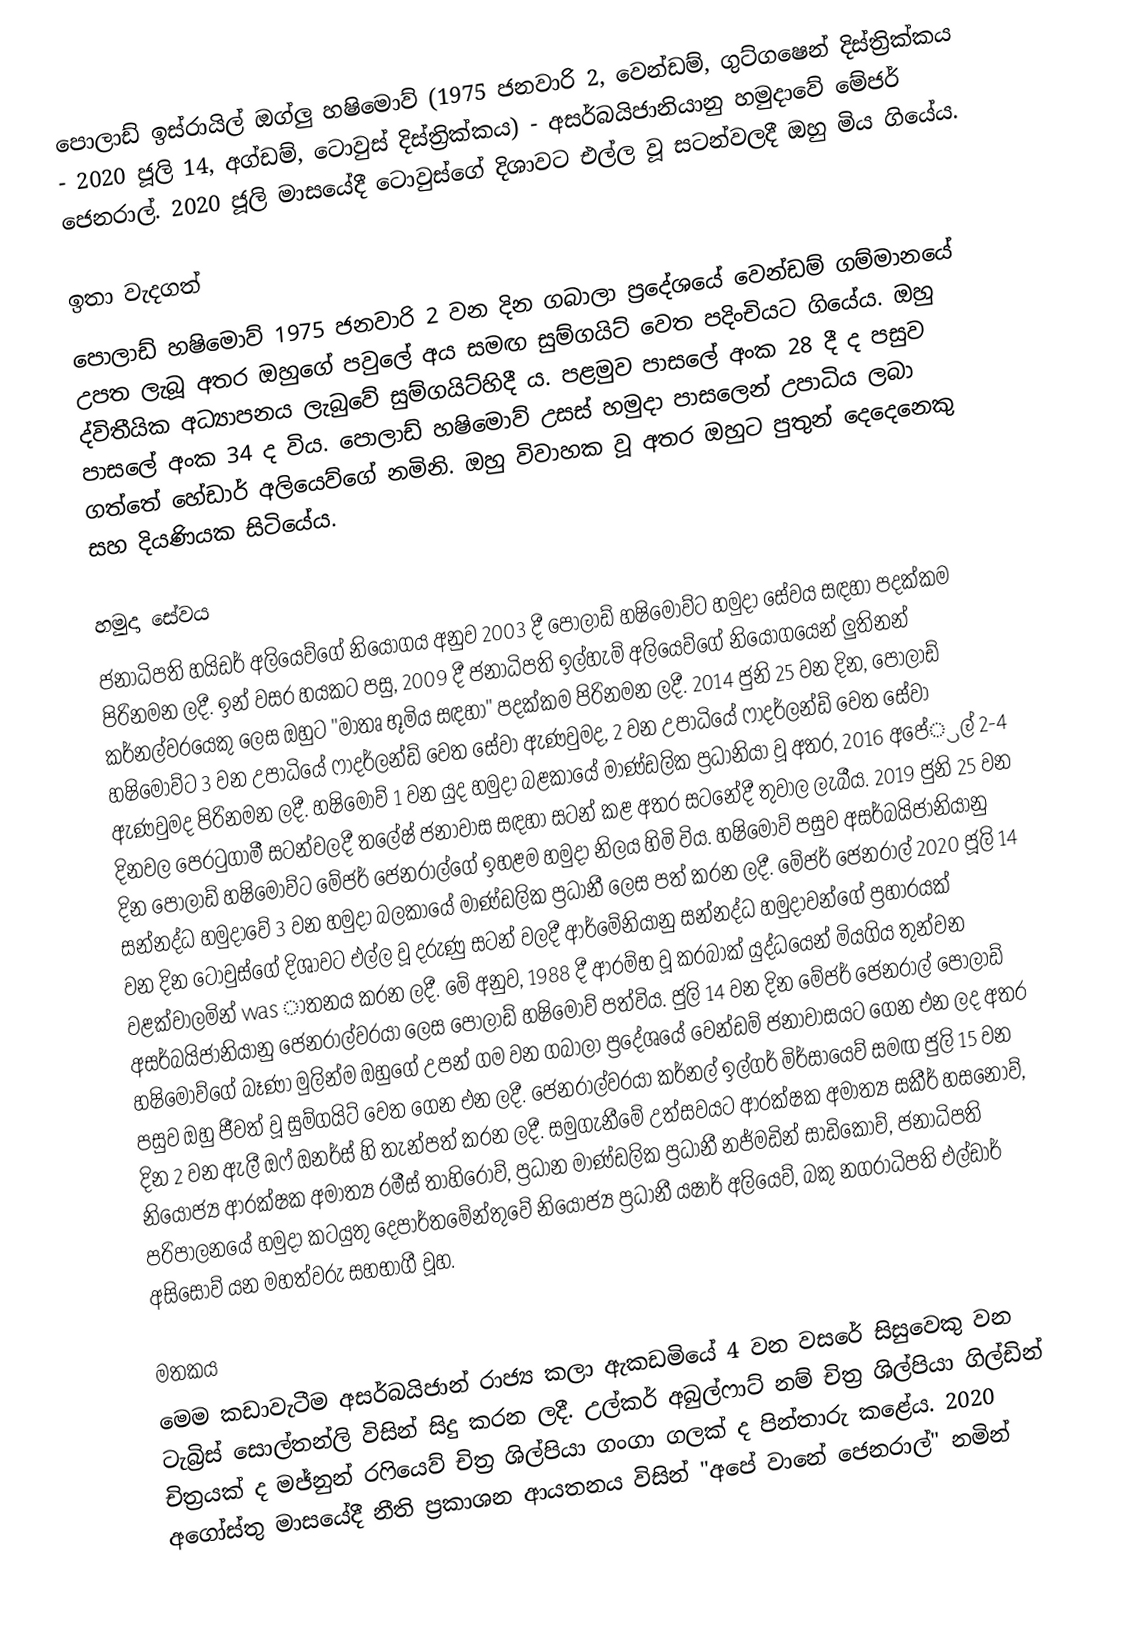
පොලාඩ් ඉස්රායිල් ඔග්ලු හෂිමොව් (1975 ජනවාරි 2, වෙන්ඩම්, ගුට්ගෂෙන් දිස්ත්‍රික්කය - 2020 ජූලි 14, අග්ඩම්, ටොවුස් දිස්ත්‍රික්කය) - අසර්බයිජානියානු හමුදාවේ මේජර් ජෙනරාල්. 2020 ජූලි මාසයේදී ටොවුස්ගේ දිශාවට එල්ල වූ සටන්වලදී ඔහු මිය ගියේය.

ඉතා වැදගත්
පොලාඩ් හෂිමොව් 1975 ජනවාරි 2 වන දින ගබාලා ප්‍රදේශයේ වෙන්ඩම් ගම්මානයේ උපත ලැබූ අතර ඔහුගේ පවුලේ අය සමඟ සුම්ගයිට් වෙත පදිංචියට ගියේය. ඔහු ද්විතීයික අධ්‍යාපනය ලැබුවේ සුම්ගයිට්හිදී ය. පළමුව පාසලේ අංක 28 දී ද පසුව පාසලේ අංක 34 ද විය. පොලාඩ් හෂිමොව් උසස් හමුදා පාසලෙන් උපාධිය ලබා ගත්තේ හේඩාර් අලියෙව්ගේ නමිනි. ඔහු විවාහක වූ අතර ඔහුට පුතුන් දෙදෙනෙකු සහ දියණියක සිටියේය.

හමුදා සේවය
ජනාධිපති හයිඩර් අලියෙව්ගේ නියෝගය අනුව 2003 දී පොලාඩ් හෂිමොව්ට හමුදා සේවය සඳහා පදක්කම පිරිනමන ලදී. ඉන් වසර හයකට පසු, 2009 දී ජනාධිපති ඉල්හැම් අලියෙව්ගේ නියෝගයෙන් ලුතිනන් කර්නල්වරයෙකු ලෙස ඔහුට "මාතෘ භූමිය සඳහා" පදක්කම පිරිනමන ලදී. 2014 ජුනි 25 වන දින, පොලාඩ් හෂිමොව්ට 3 වන උපාධියේ ෆාදර්ලන්ඩ් වෙත සේවා ඇණවුමද, 2 වන උපාධියේ ෆාදර්ලන්ඩ් වෙත සේවා ඇණවුමද පිරිනමන ලදී. හෂිමොව් 1 වන යුද හමුදා බළකායේ මාණ්ඩලික ප්‍රධානියා වූ අතර, 2016 අපේ‍්‍රල් 2-4 දිනවල පෙරටුගාමී සටන්වලදී තලේෂ් ජනාවාස සඳහා සටන් කළ අතර සටනේදී තුවාල ලැබීය. 2019 ජුනි 25 වන දින පොලාඩ් හෂිමොව්ට මේජර් ජෙනරාල්ගේ ඉහළම හමුදා නිලය හිමි විය. හෂිමොව් පසුව අසර්බයිජානියානු සන්නද්ධ හමුදාවේ 3 වන හමුදා බලකායේ මාණ්ඩලික ප්‍රධානී ලෙස පත් කරන ලදී. මේජර් ජෙනරාල් 2020 ජූලි 14 වන දින ටෝවුස්ගේ දිශාවට එල්ල වූ දරුණු සටන් වලදී ආර්මේනියානු සන්නද්ධ හමුදාවන්ගේ ප්‍රහාරයක් වළක්වාලමින් was ාතනය කරන ලදී. මේ අනුව, 1988 දී ආරම්භ වූ කරබාක් යුද්ධයෙන් මියගිය තුන්වන අසර්බයිජානියානු ජෙනරාල්වරයා ලෙස පොලාඩ් හෂිමොව් පත්විය. ජුලි 14 වන දින මේජර් ජෙනරාල් පොලාඩ් හෂිමොව්ගේ බෑණා මුලින්ම ඔහුගේ උපන් ගම වන ගබාලා ප්‍රදේශයේ වෙන්ඩම් ජනාවාසයට ගෙන එන ලද අතර පසුව ඔහු ජීවත් වූ සුම්ගයිට් වෙත ගෙන එන ලදී. ජෙනරාල්වරයා කර්නල් ඉල්ගර් මිර්සායෙව් සමඟ ජුලි 15 වන දින 2 වන ඇලී ඔෆ් ඔනර්ස් හි තැන්පත් කරන ලදී. සමුගැනීමේ උත්සවයට ආරක්ෂක අමාත්‍ය සකීර් හසනොව්, නියෝජ්‍ය ආරක්ෂක අමාත්‍ය රමීස් තාහිරොව්, ප්‍රධාන මාණ්ඩලික ප්‍රධානී නජ්මඩින් සාඩිකොව්, ජනාධිපති පරිපාලනයේ හමුදා කටයුතු දෙපාර්තමේන්තුවේ නියෝජ්‍ය ප්‍රධානී යෂාර් අලියෙව්, බකු නගරාධිපති එල්ඩාර් අසිසොව් යන මහත්වරු සහභාගී වූහ.

මතකය
මෙම කඩාවැටීම අසර්බයිජාන් රාජ්‍ය කලා ඇකඩමියේ 4 වන වසරේ සිසුවෙකු වන ටැබ්‍රිස් සොල්තන්ලි විසින් සිදු කරන ලදී. උල්කර් අබුල්ෆාට් නම් චිත්‍ර ශිල්පියා ගිල්ඩින් චිත්‍රයක් ද මජ්නුන් රෆියෙව් චිත්‍ර ශිල්පියා ගංගා ගලක් ද පින්තාරු කළේය. 2020 අගෝස්තු මාසයේදී නීති ප්‍රකාශන ආයතනය විසින් "අපේ වානේ ජෙනරාල්" නමින්